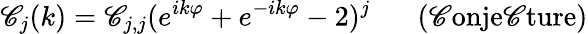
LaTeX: \mathscr{C}_{j}(k)=\mathscr{C}_{j,j}(e^{ik\varphi}+e^{-ik\varphi}-2)^{j}\; \; \; \; \; \; \mathrm{{(\mathscr{C}onje\mathscr{C}ture)}}